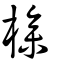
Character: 槮